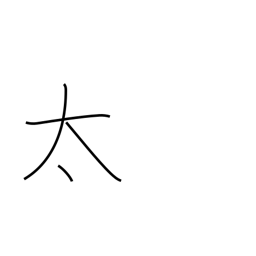
Meaning: thick